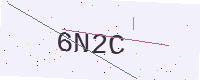
Text: 6N2C